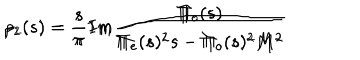
\rho _ { 1 } ( s ) = \frac { s } { \pi } I m \frac { \Pi _ { e } ( s ) } { \Pi _ { e } ( s ) ^ { 2 } s - \Pi _ { o } ( s ) ^ { 2 } M ^ { 2 } } \hspace { 2 c m } \rho _ { 2 } ( s ) = \frac { s } { \pi } I m \frac { \Pi _ { o } ( s ) } { \Pi _ { e } ( s ) ^ { 2 } s - \Pi _ { o } ( s ) ^ { 2 } M ^ { 2 } }